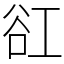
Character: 䜫